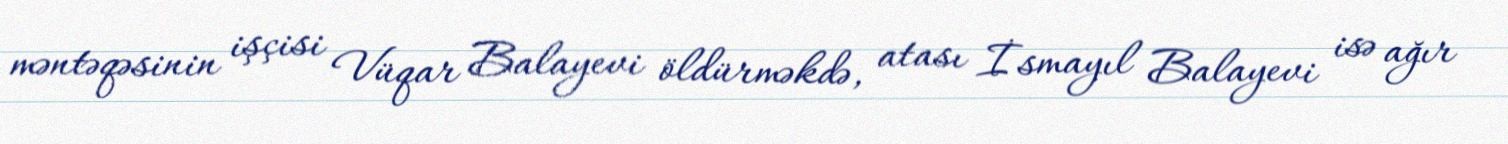
məntəqəsinin işçisi Vüqar Balayevi öldürməkdə, atası İsmayıl Balayevi isə ağır